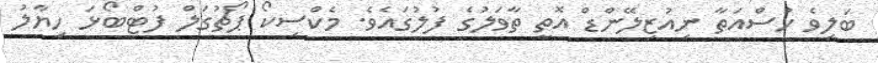
ބަލިވެ ހުސްއަތާ ނިއުޒިލޭންޑް އޮތީ ތާވަލުގެ ފުލުގައެވެ. މެކްސިކޯ ޕޯޗުގަލް ފުޓްބޯޅަ ހިޔާލު